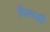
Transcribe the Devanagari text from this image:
घिसडी